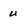
Character: u